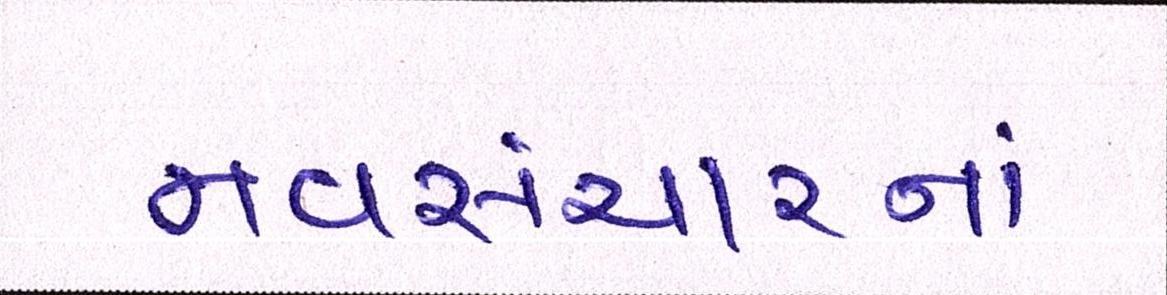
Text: નવસંચારનાં